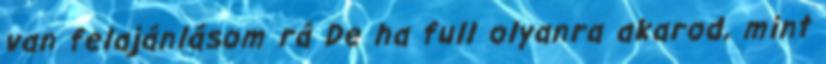
van felajánlásom rá De ha full olyanra akarod, mint